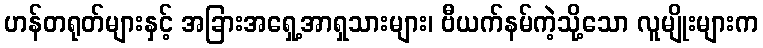
ဟန်တရုတ်များနှင့် အခြားအရှေ့အာရှသားများ၊ ဗီယက်နမ်ကဲ့သို့သော လူမျိုးများက